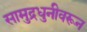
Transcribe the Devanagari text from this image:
सामुद्रधुनीवरून